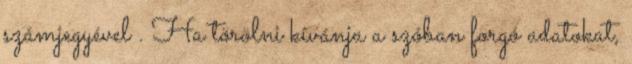
számjegyével . Ha törölni kívánja a szóban forgó adatokat,